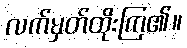
လက်မှတ်ထိုးကြ၏။